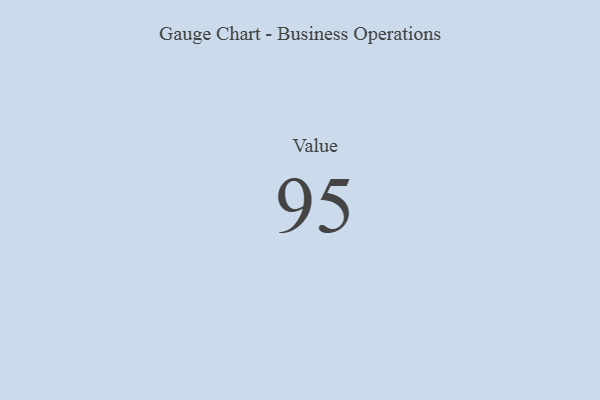
{"axis": {"x": "Metric", "y": "Value"}, "legend": [""], "data": [{"x": "Value", "y": 95, "type": ""}]}